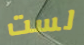
لست